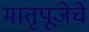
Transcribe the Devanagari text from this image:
मातृपूजेचे